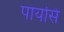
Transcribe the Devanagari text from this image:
पायसि